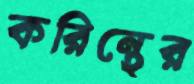
করিন্থের